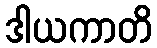
ဒါယကာတိ